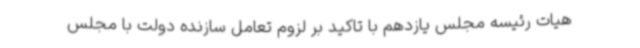
هیات رئیسه مجلس یازدهم با تاکید بر لزوم تعامل سازنده دولت با مجلس